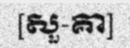
[សួ-គា]